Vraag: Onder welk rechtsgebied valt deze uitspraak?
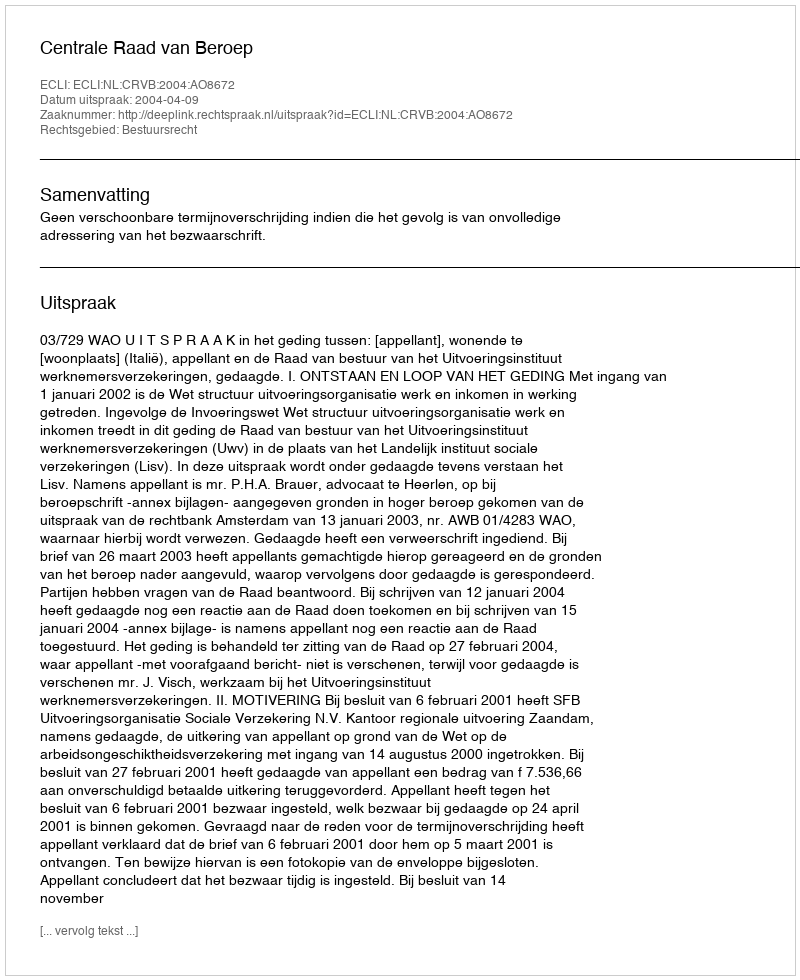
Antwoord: Bestuursrecht